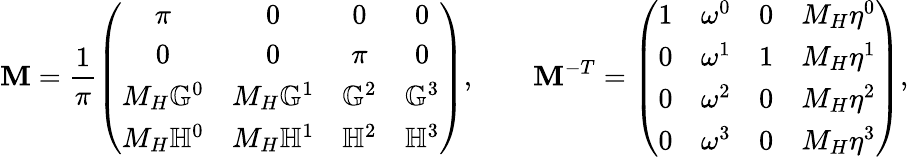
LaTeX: {\mathbf M}=\frac{1}{\pi}\left(\begin{array}{cccc}{\pi}&{0}&{0}&{0}\\ {0}&{0}&{\pi}&{0}\\ {M_{H}\mathbb{G}^{0}}&{M_{H}\mathbb{G}^{1}}&{\mathbb{G}^{2}}&{\mathbb{G}^{3}}\\ {M_{H}\mathbb{H}^{0}}&{M_{H}\mathbb{H}^{1}}&{\mathbb{H}^{2}}&{\mathbb{H}^{3}}\end{array}\right),\qquad{\mathbf M}^{-T}=\left(\begin{array}{cccc}{1}&{\omega^{0}}&{0}&{M_{H}\eta^{0}}\\ {0}&{\omega^{1}}&{1}&{M_{H}\eta^{1}}\\ {0}&{\omega^{2}}&{0}&{M_{H}\eta^{2}}\\ {0}&{\omega^{3}}&{0}&{M_{H}\eta^{3}}\end{array}\right),